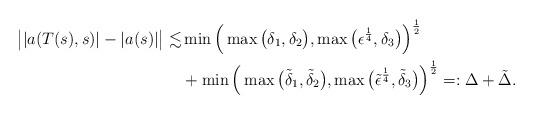
LaTeX: \begin{align*} \big| |a(T(s),s)| - |a(s)| \big| \lesssim & \min \Big( \max \big( \delta_1 , \delta_2 \big), \max \big( \epsilon^{\frac{1}{4}}, \delta_3 \big) \Big)^{\frac{1}{2}} \\ &+ \min \Big( \max \big( \tilde{\delta}_1 , \tilde{\delta}_2 \big), \max \big( \tilde{\epsilon}^{\frac{1}{4}}, \tilde{\delta}_3 \big) \Big)^{\frac{1}{2}} =: \Delta + \tilde{\Delta}.\end{align*}